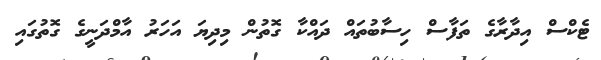
ޓެކްސް އިދާރާގެ ތަފާސް ހިސާބުތައް ދައްކާ ގޮތުން މިދިޔަ އަހަރު އާމްދަނީގެ ގޮތުގައި